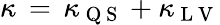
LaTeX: \kappa\, =\, \kappa_{\mathrm{~Q~S~}}+\kappa_{\mathrm{~L~V~}}